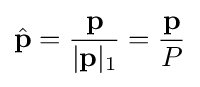
{\hat {\mathbf {p} }}={\frac {\mathbf {p} }{|\mathbf {p} |_{1}}}={\frac {\mathbf {p} }{P}}